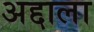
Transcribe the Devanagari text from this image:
अद्दाला